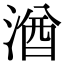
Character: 湭